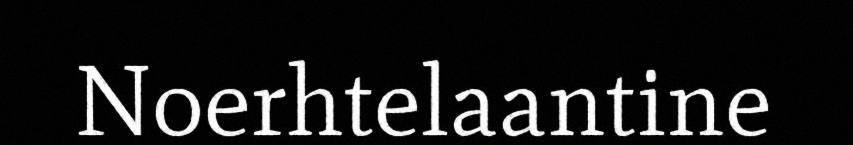
Noerhtelaantine